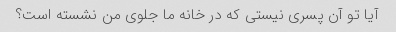
آیا تو آن پسری نیستی که در خانه ما جلوی من نشسته است؟